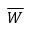
\overline { W }